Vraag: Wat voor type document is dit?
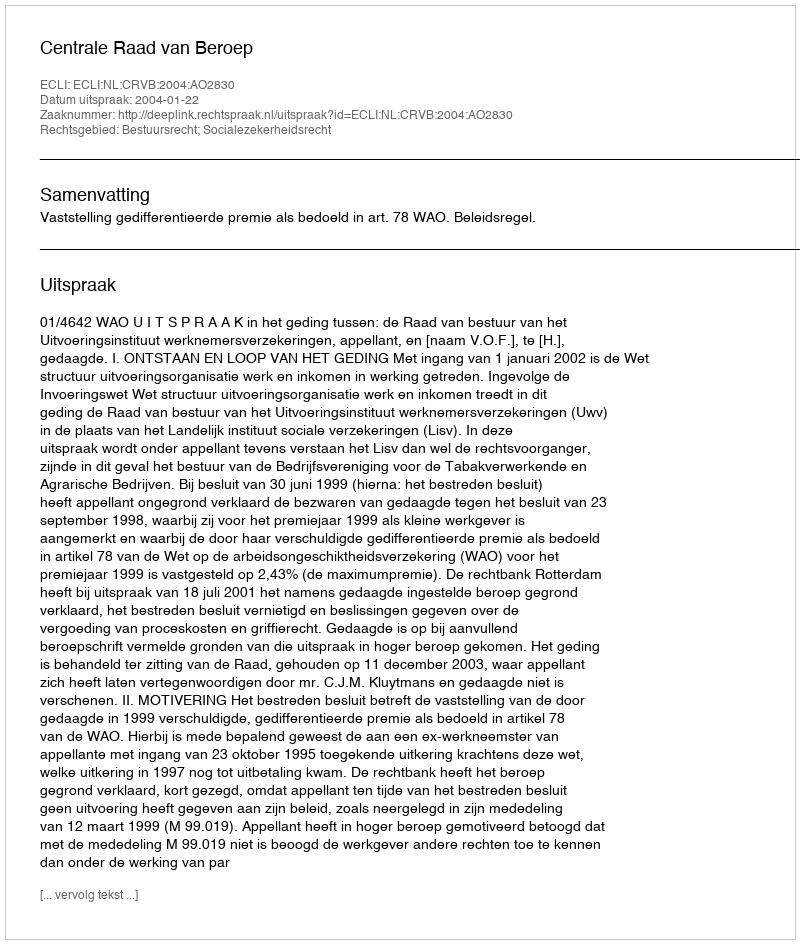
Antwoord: Uitspraak